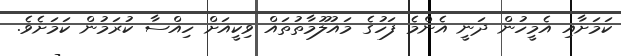
ކަމަށާއި އެމީހުން ދަނީ އެންމެ ފަހުގެ މައުލޫމާތުތައް ވިކީއަށް ހިއްސާ ކުރަމުން ކަމަށެވެ.